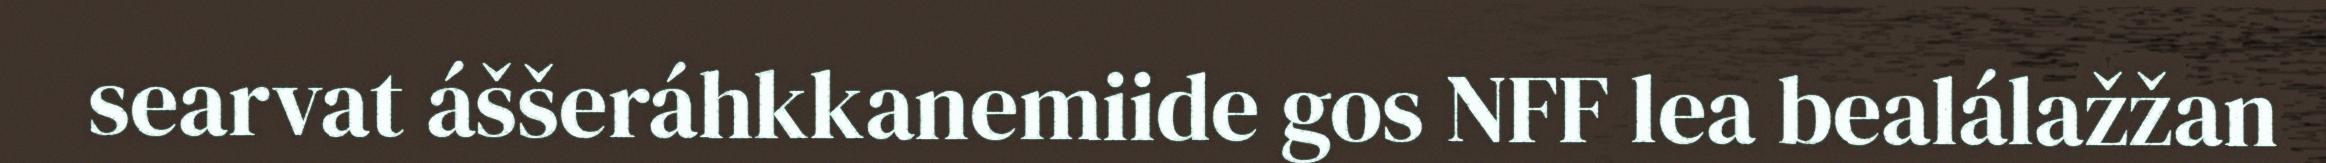
searvat áššeráhkkanemiide gos NFF lea bealálažžan